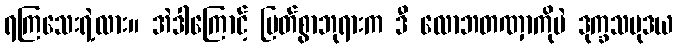
ရကြသေးရဲ့လား။ အဲဒါကြောင့် မြတ်စွာဘုရားက ဒီ လောဘတဏှာကိုပဲ ဒုက္ခသမုဒယ